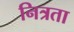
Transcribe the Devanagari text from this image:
नित्रता